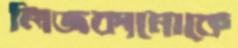
লিজকানোকে